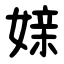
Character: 媇